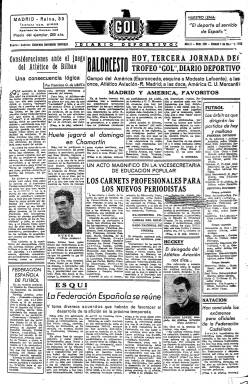
Título: Gol (Madrid)
Colección: Deportes || Periódicos
Ámbito geográfico: Madrid
Lugar de publicación: Madrid
Fechas: 01/11/1941-30/06/1945

Periódico deportivo editado en Madrid entre 1940 y 1945 que tenía como lema ‘El deporte al servicio de España’. Se trata de uno de los primeros diarios deportivos españoles, anterior a Marca, que fundado como semanario en 1938 no pasaría a ser diario hasta 1942.

 El diario Gol nació en agosto de 1940 en medio de enormes dificultades derivadas de la posguerra española y de la II Guerra Mundial. Fue fundado y dirigido por el periodista vasco Valeriano Hernández Usobiaga, que había sido el primer administrador de la Prensa del Movimiento.

 En la enciclopedia Auñamendi Eusko Entziklopedia se pueden leer algunos datos de su biografía: Empezó como administrador del periódico El Pueblo Vasco en San Sebastián, luego en Bilbao. Y posteriormente desempeñó los cargos de director administrativo de los periódicos madrileños El Sol, La Voz y Febus.

 El nombre de Valeriano Hernández Usobiaga, que fue miembro de la Asociación de la Prensa de Madrid, figura también como tesorero de la junta directiva de la asociación que formaron los presos de la cárcel modelo durante la Guerra Civil tras la victoria del bando nacional.

  Con un águila con las alas extendidas en su cabecera, el diario Gol cubría la información de todo tipo de deportes: Fútbol, baloncesto, balonmano, esquí, natación, hockey, boxeo, ciclismo, atletismo, pelota vasca, tenis, golf, rugby…También había información detallada de actividades deportivas en las distintas provincias españolas.

  El fútbol es el deporte que ocupaba más espacio, como es natural en un periódico cuyo nombre se refería tan explícitamente al que era ya considerado el deporte rey, pero es destacable la atención dedicada a otros que eran entonces en España muy minoritarios, como es el caso del baloncesto.

  El periódico tenía entre 8 y 12 páginas al comienzo pero fue perdiendo páginas hasta contar con 6 y sólo 4, probablemente debido a las dificultades de aprovisionamiento de papel y de otras materias primas, así como a la situación de penuria en general a causa de la guerra mundial. Además de a los deportes, también dedicaba atención a la cultura, como la crítica teatral y cinematográfica. El ajedrez, deporte intelectual, igualmente tenía cabida en sus páginas.

   Gol no olvidaba tampoco que el mundo estaba en guerra y España tenía alguna participación en ella. Así, en la portada del 6 de noviembre de 1941 se puede leer la noticia de la muerte del esquiador Luis Castejón, deportista del Sindicato Español Universitario que formó parte de la División Azul y había fallecido en Rusia.

  En 1944 el periódico inauguró una segunda época. Su cabecera perdió el águila y su título amplió la mancha tipográfica, ganando de nuevo páginas, hasta 12 e incluso 16. Pero la alegría duró poco. En su número de 30 de junio de 1945, el periódico insertaba en portada un anuncio dirigido a ‘Los lectores de Gol y a todos los deportistas españoles’. Informaba que necesitaba tiempo para hacer cambios, garantizar la tirada del diario y mejorar su presentación, así como adquirir papel. Se despedía con un ‘Hasta pronto’, pero lo cierto es que ya no volvió a salir.

[Descripción publicada el 17/9/2020]